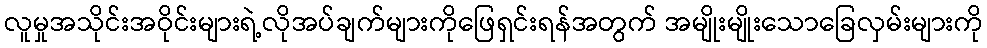
လူမှုအသိုင်းအဝိုင်းများရဲ့လိုအပ်ချက်များကိုဖြေရှင်းရန်အတွက် အမျိုးမျိုးသောခြေလှမ်းများကို